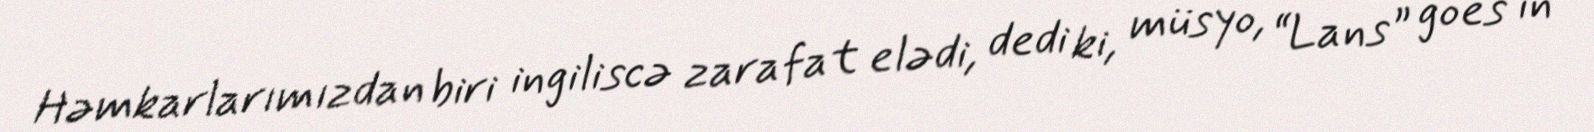
Həmkarlarımızdan biri ingiliscə zarafat elədi, dedi ki, müsyo, “Lans” goes in